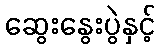
ဆွေးနွေးပွဲနှင့်